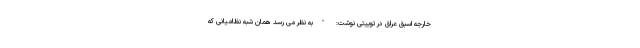
خارجه اسبق عراق در توییتی نوشت: "به نظر می رسد همان شبه نظامیانی که